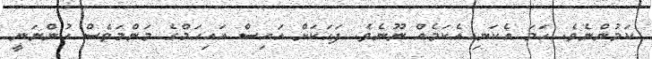
ކަމުންނެވެ. ހަމަ އެކަނި އެކަމެއް ނޫނެވެ. ފަހަކަށް އައިސް އައިހަމްގެ މަންމަވެސް ހުންނަނީ